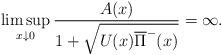
LaTeX: \begin{align*}\limsup_{x\downarrow0} \frac{A(x)}{1+\sqrt{U(x)\overline{\Pi}^-(x)}}=\infty.\end{align*}